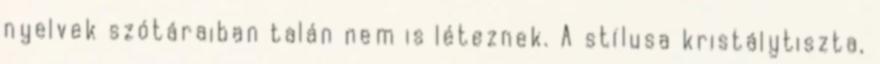
nyelvek szótáraiban talán nem is léteznek. A stílusa kristálytiszta,